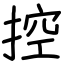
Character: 控